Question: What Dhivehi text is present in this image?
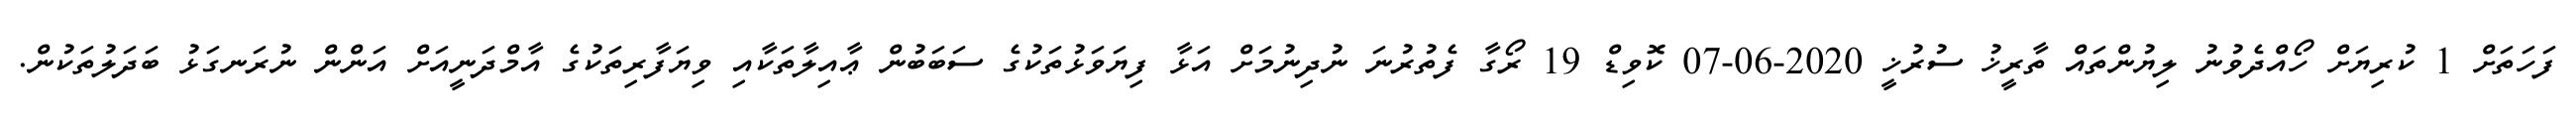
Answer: ފަހަތަށް 1 ކުރިޔަށް ހޯއްދެވުނު ލިޔުންތައް ތާރީޚު ސުރުޚީ 2020-06-07 ކޮވިޑް 19 ރޯގާ ފެތުރުނަ ނުދިނުމަށް އަޅާ ފިޔަވަޅުތަކުގެ ސަބަބުން ޢާއިލާތަކާއި ވިޔަފާރިތަކުގެ އާމްދަނީއަށް އަންން ނުރަނގަޅު ބަދަލުތަކުން.